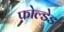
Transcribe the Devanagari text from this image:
फ़ोल्डेड